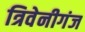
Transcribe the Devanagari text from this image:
त्रिवेनीगंज